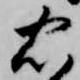
忠